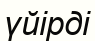
үйірді